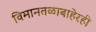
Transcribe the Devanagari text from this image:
विमानतळाबाहेरही